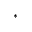
\mathrm { * }